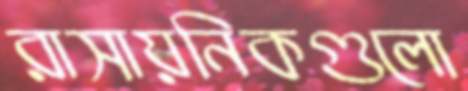
রাসায়নিকগুলো